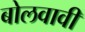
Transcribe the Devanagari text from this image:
बोलवावी